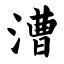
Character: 漕